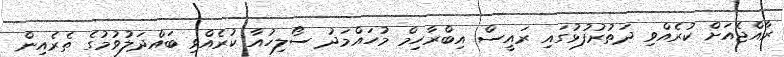
ރާއްޖެއަށް ކުރެއްވި ދަތުރުފުޅުގައި ރައީސް އިބްރާހިމް މުހައްމަދު ސޯލިހުއާ ކުރެއްވި ބައްދަލުވުމުގެ ތެރެއިން